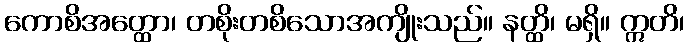
ကောစိအတ္ထော၊ တစိုးတစိသောအကျိုးသည်။ နတ္ထိ၊ မရှိ။ ဣတိ၊